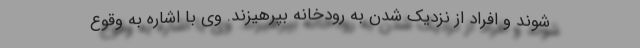
شوند و افراد از نزدیک شدن به رودخانه بپرهیزند. وی با اشاره به وقوع